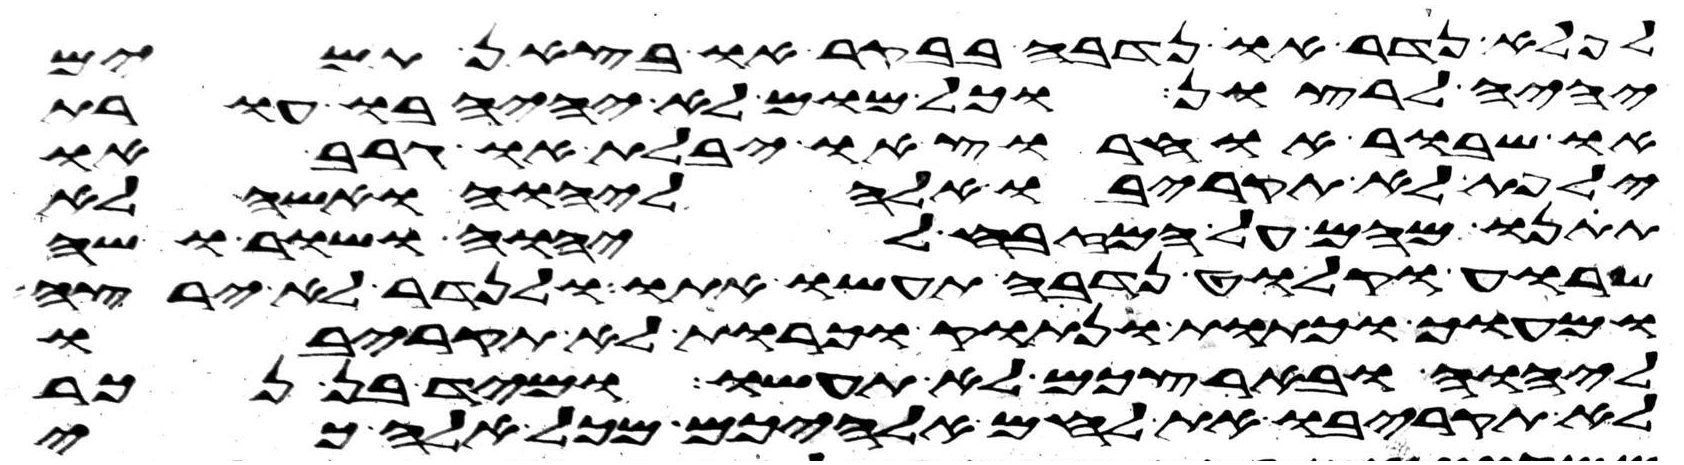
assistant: לפלא נדר או נדבה בבקר או בצאן תמים
יהיה לרצון וכל מום לא יהיה בו עורת
או שבור או חרוץ או יבלת או גרב או
ילפת לא תקריבו אלה ליהוה ואשה לא
תתנו מהם על המזבח ליהוה ושור ושה
שרוע וקלוט נדבה תעשו אתו ולנדר לא ירצה
ומעוך וכתות ונתוק וכרות לא תקריבו
ליהוה ובארצכם לא תעשו ומיד בן נכר
לא תקריבו את לחם אלהיכם מכל אלה כי